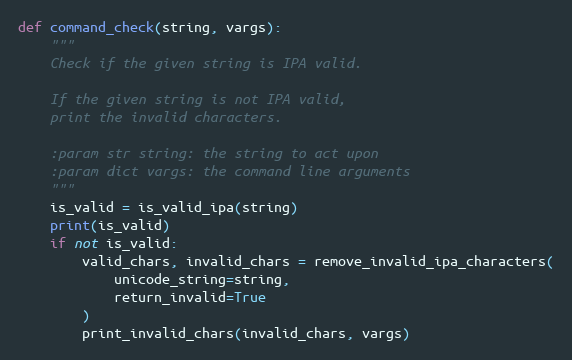
Language: Python
def command_check(string, vargs):
    """
    Check if the given string is IPA valid.

    If the given string is not IPA valid,
    print the invalid characters.

    :param str string: the string to act upon
    :param dict vargs: the command line arguments
    """
    is_valid = is_valid_ipa(string)
    print(is_valid)
    if not is_valid:
        valid_chars, invalid_chars = remove_invalid_ipa_characters(
            unicode_string=string,
            return_invalid=True
        )
        print_invalid_chars(invalid_chars, vargs)